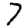
Digit: 7